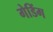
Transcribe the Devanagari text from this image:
गेडिंग